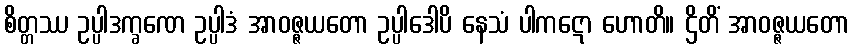
စိတ္တဿ ဥပ္ပါဒက္ခဏေ ဥပ္ပါဒံ အာဝဇ္ဇယတော ဥပ္ပါဒေါပိ နေသံ ပါကဋော ဟောတိ။ ဌိတိံ အာဝဇ္ဇယတော